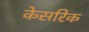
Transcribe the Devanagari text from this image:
केसरिक